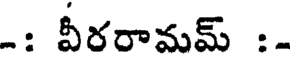
-: వీరరామమ్ :-